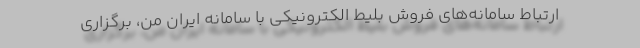
ارتباط سامانه‌های فروش بلیط الکترونیکی با سامانه ایران من، برگزاری